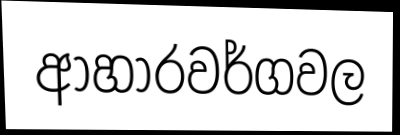
ආහාරවර්ගවල